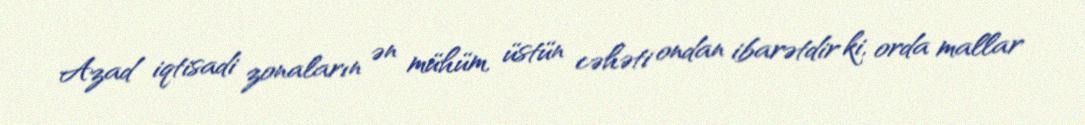
Azad iqtisadi zonaların ən mühüm, üstün cəhəti ondan ibarətdir ki, orda mallar